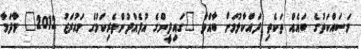
މަސައްކަތުގެ ބައެއް ތަކެތި ދައްކާލުމަށް ބާއްވާ "ގައިދީންގެ އުފެއްދުންތެރިކަމުގެ މައުރަޒު 2012" މާދަމާ